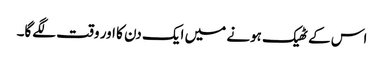
اس کے ٹھیک ہونے میں ایک دن کا اور وقت لگے‌گا۔